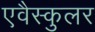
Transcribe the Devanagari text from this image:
एवैस्कुलर